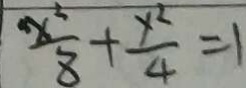
\frac { x ^ { 2 } } { 8 } + \frac { y ^ { 2 } } { 4 } = 1